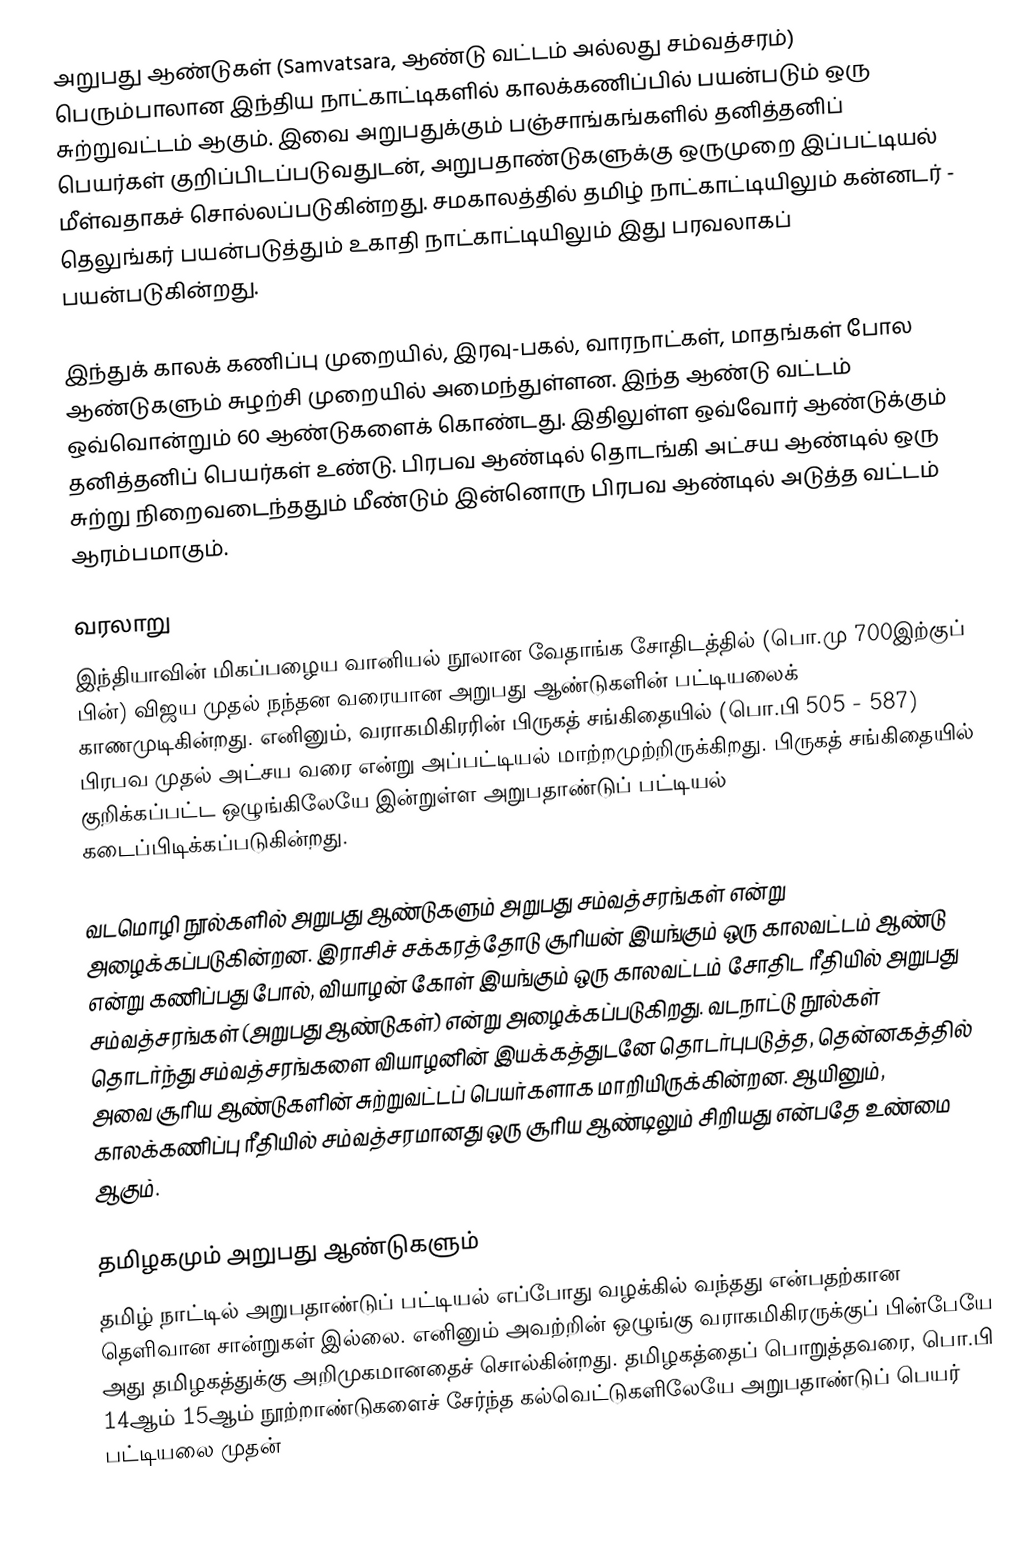
அறுபது ஆண்டுகள் (Samvatsara, ஆண்டு வட்டம் அல்லது சம்வத்சரம்) பெரும்பாலான இந்திய நாட்காட்டிகளில் காலக்கணிப்பில் பயன்படும் ஒரு சுற்றுவட்டம் ஆகும். இவை அறுபதுக்கும் பஞ்சாங்கங்களில் தனித்தனிப் பெயர்கள் குறிப்பிடப்படுவதுடன், அறுபதாண்டுகளுக்கு ஒருமுறை இப்பட்டியல் மீள்வதாகச் சொல்லப்படுகின்றது. சமகாலத்தில் தமிழ் நாட்காட்டியிலும் கன்னடர் -  தெலுங்கர் பயன்படுத்தும் உகாதி நாட்காட்டியிலும் இது பரவலாகப் பயன்படுகின்றது.

இந்துக் காலக் கணிப்பு முறையில், இரவு-பகல், வாரநாட்கள், மாதங்கள் போல ஆண்டுகளும் சுழற்சி முறையில் அமைந்துள்ளன. இந்த ஆண்டு வட்டம் ஒவ்வொன்றும் 60 ஆண்டுகளைக் கொண்டது. இதிலுள்ள ஒவ்வோர் ஆண்டுக்கும் தனித்தனிப் பெயர்கள் உண்டு. பிரபவ ஆண்டில் தொடங்கி அட்சய ஆண்டில் ஒரு சுற்று நிறைவடைந்ததும் மீண்டும் இன்னொரு பிரபவ ஆண்டில் அடுத்த வட்டம் ஆரம்பமாகும்.

வரலாறு
இந்தியாவின் மிகப்பழைய வானியல் நூலான வேதாங்க சோதிடத்தில் (பொ.மு 700இற்குப் பின்) விஜய முதல் நந்தன வரையான  அறுபது ஆண்டுகளின் பட்டியலைக் காணமுடிகின்றது. எனினும்,  வராகமிகிரரின் பிருகத் சங்கிதையில் (பொ.பி 505 - 587)  பிரபவ முதல் அட்சய வரை என்று அப்பட்டியல் மாற்றமுற்றிருக்கிறது. பிருகத் சங்கிதையில் குறிக்கப்பட்ட ஒழுங்கிலேயே இன்றுள்ள அறுபதாண்டுப் பட்டியல் கடைப்பிடிக்கப்படுகின்றது.

வடமொழி நூல்களில் அறுபது ஆண்டுகளும் அறுபது சம்வத்சரங்கள் என்று அழைக்கப்படுகின்றன. இராசிச் சக்கரத்தோடு சூரியன் இயங்கும் ஒரு காலவட்டம் ஆண்டு என்று கணிப்பது போல், வியாழன் கோள் இயங்கும் ஒரு காலவட்டம் சோதிட ரீதியில் அறுபது சம்வத்சரங்கள் (அறுபது ஆண்டுகள்) என்று அழைக்கப்படுகிறது.  வடநாட்டு நூல்கள் தொடர்ந்து சம்வத்சரங்களை வியாழனின் இயக்கத்துடனே தொடர்புபடுத்த, தென்னகத்தில் அவை சூரிய ஆண்டுகளின் சுற்றுவட்டப் பெயர்களாக மாறியிருக்கின்றன.  ஆயினும், காலக்கணிப்பு ரீதியில் சம்வத்சரமானது ஒரு சூரிய ஆண்டிலும் சிறியது என்பதே உண்மை ஆகும்.

தமிழகமும் அறுபது ஆண்டுகளும்
தமிழ் நாட்டில் அறுபதாண்டுப் பட்டியல் எப்போது வழக்கில் வந்தது என்பதற்கான தெளிவான சான்றுகள் இல்லை. எனினும் அவற்றின் ஒழுங்கு வராகமிகிரருக்குப் பின்பேயே அது தமிழகத்துக்கு அறிமுகமானதைச் சொல்கின்றது. தமிழகத்தைப் பொறுத்தவரை,  பொ.பி 14ஆம் 15ஆம் நூற்றாண்டுகளைச் சேர்ந்த கல்வெட்டுகளிலேயே அறுபதாண்டுப் பெயர் பட்டியலை முதன்